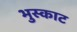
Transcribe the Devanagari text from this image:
भुस्काट